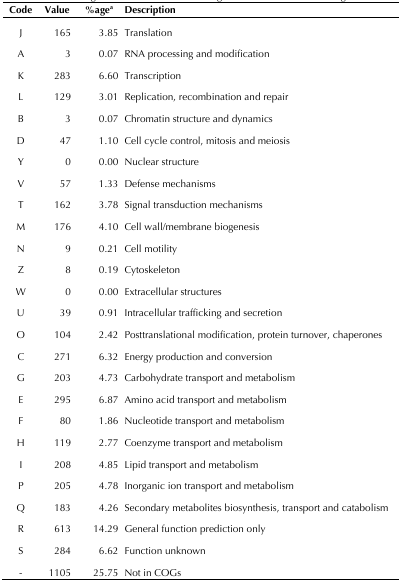
<table><thead><tr><td><b>Code</b></td><td><b>Value</b></td><td><b>%age<sup>a</sup></b></td><td><b>Description</b></td></tr></thead><tbody><tr><td>J</td><td>165</td><td>3.85</td><td>Translation</td></tr><tr><td>A</td><td>3</td><td>0.07</td><td>RNA processing and modification</td></tr><tr><td>K</td><td>283</td><td>6.60</td><td>Transcription</td></tr><tr><td>L</td><td>129</td><td>3.01</td><td>Replication, recombination and repair</td></tr><tr><td>B</td><td>3</td><td>0.07</td><td>Chromatin structure and dynamics</td></tr><tr><td>D</td><td>47</td><td>1.10</td><td>Cell cycle control, mitosis and meiosis</td></tr><tr><td>Y</td><td>0</td><td>0.00</td><td>Nuclear structure</td></tr><tr><td>V</td><td>57</td><td>1.33</td><td>Defense mechanisms</td></tr><tr><td>T</td><td>162</td><td>3.78</td><td>Signal transduction mechanisms</td></tr><tr><td>M</td><td>176</td><td>4.10</td><td>Cell wall/membrane biogenesis</td></tr><tr><td>N</td><td>9</td><td>0.21</td><td>Cell motility</td></tr><tr><td>Z</td><td>8</td><td>0.19</td><td>Cytoskeleton</td></tr><tr><td>W</td><td>0</td><td>0.00</td><td>Extracellular structures</td></tr><tr><td>U</td><td>39</td><td>0.91</td><td>Intracellular trafficking and secretion</td></tr><tr><td>O</td><td>104</td><td>2.42</td><td>Posttranslational modification, protein turnover, chaperones</td></tr><tr><td>C</td><td>271</td><td>6.32</td><td>Energy production and conversion</td></tr><tr><td>G</td><td>203</td><td>4.73</td><td>Carbohydrate transport and metabolism</td></tr><tr><td>E</td><td>295</td><td>6.87</td><td>Amino acid transport and metabolism</td></tr><tr><td>F</td><td>80</td><td>1.86</td><td>Nucleotide transport and metabolism</td></tr><tr><td>H</td><td>119</td><td>2.77</td><td>Coenzyme transport and metabolism</td></tr><tr><td>I</td><td>208</td><td>4.85</td><td>Lipid transport and metabolism</td></tr><tr><td>P</td><td>205</td><td>4.78</td><td>Inorganic ion transport and metabolism</td></tr><tr><td>Q</td><td>183</td><td>4.26</td><td>Secondary metabolites biosynthesis, transport and catabolism</td></tr><tr><td>R</td><td>613</td><td>14.29</td><td>General function prediction only</td></tr><tr><td>S</td><td>284</td><td>6.62</td><td>Function unknown</td></tr><tr><td>-</td><td>1105</td><td>25.75</td><td>Not in COGs</td></tr></tbody></table>